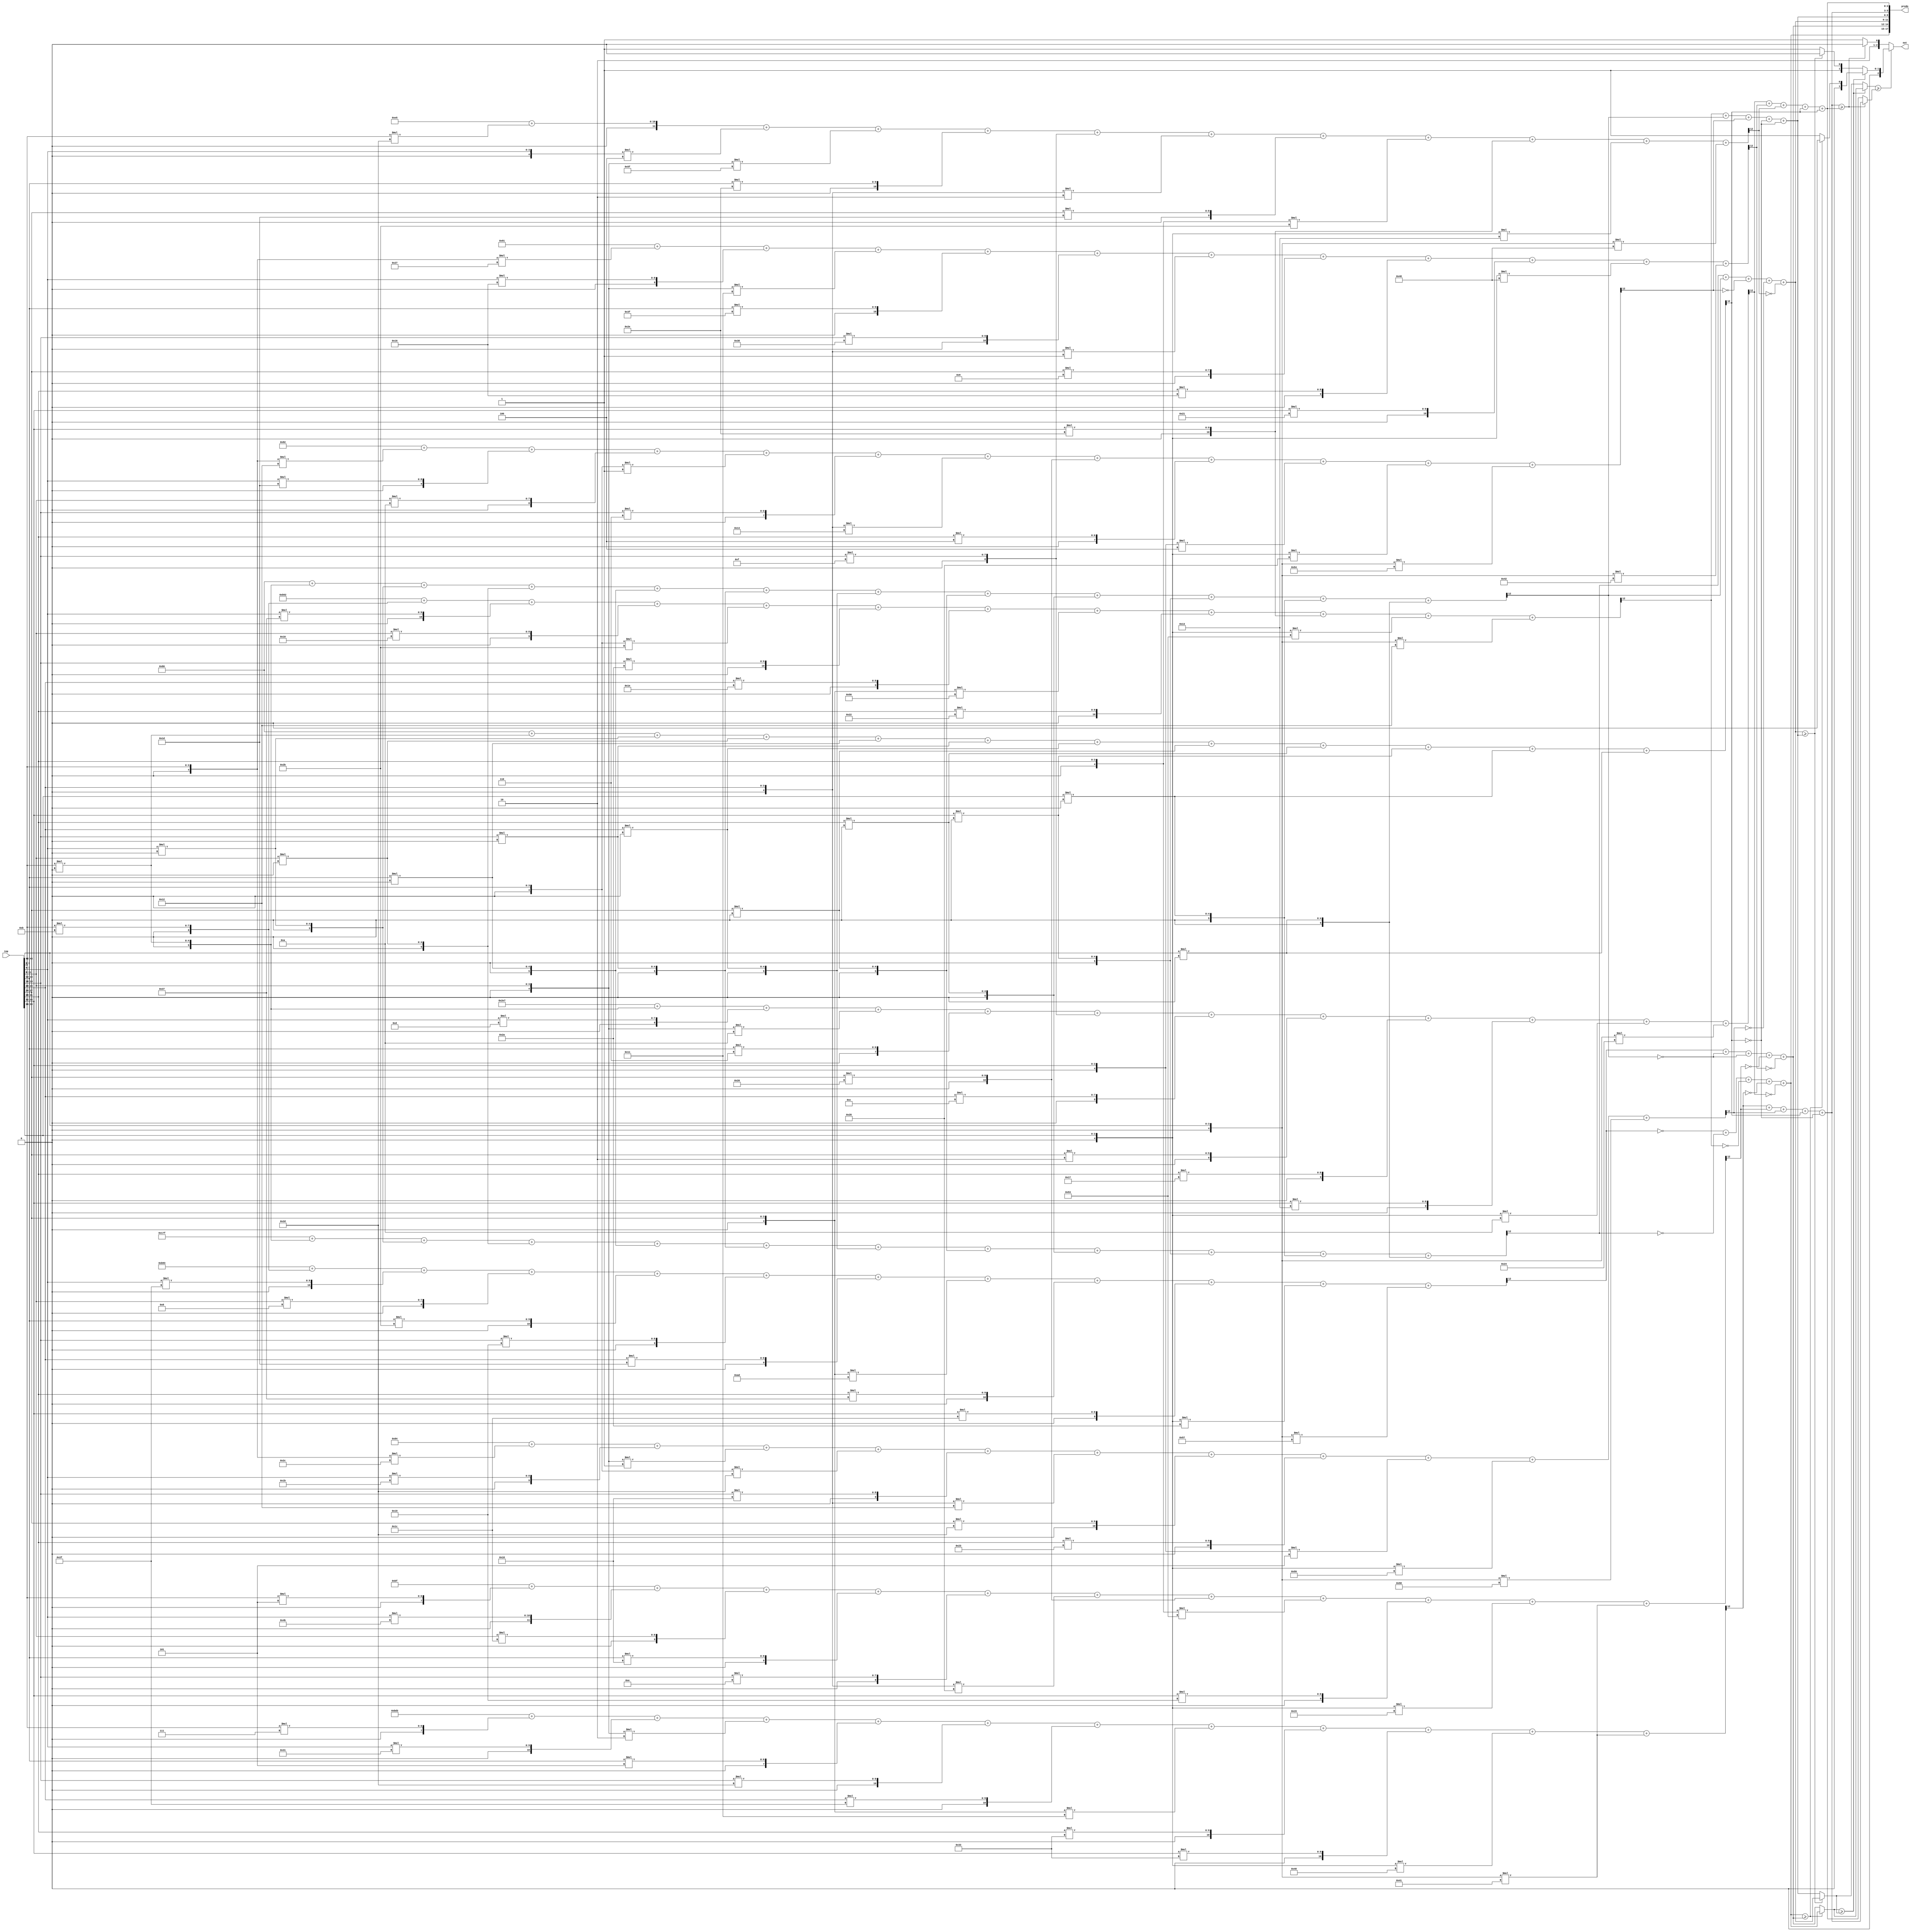
//weights: [[11, 47, 8, 43, 25, 29, -83, 55, 28, -22, -41], [0, 0, 0, 0, 0, 0, 0, 0, 0, 0, 0], [11, 55, 16, -21, 42, 30, -48, 34, 46, -45, -14], [7, 49, -2, 5, 45, 47, -15, 51, 51, -64, -63], [0, 13, -6, 6, 15, 12, 2, 23, 19, -6, -28], [0, 0, 0, 0, 0, 0, 0, 0, 0, 0, 0], [0, 0, 0, 0, 0, 0, 0, 0, 0, 0, 0], [5, 75, 28, 24, 14, -24, 32, -45, 25, -11, -63], [-25, 22, -15, 63, 56, -1, 9, 22, 33, -56, -62], [-14, 29, 10, -1, 6, -12, 32, 4, -4, -24, -44], [-20, 27, -1, -19, 24, -14, 45, 35, -3, -39, -40], [45, -4, -33, 46, 15, -2, 29, -21, 46, -13, -56], [0, 0, 0, 0, 0, 0, 0, 0, 0, 0, 0], [0, 0, 0, 0, 0, 0, 0, 0, 0, 0, 0], [0, 0, 0, 0, 0, 0, 0, 0, 0, 0, 0]]
//intercepts: [-1133, -129, -1198, -1069, -281, -128, -128, -65, 145, 130, 132, 229, 128, 128, 128]
//act size: [4, 13]
//pred num: 6
module top (inp, predo, out);
input [43:0] inp;
output [17:0] predo;
output [2:0] out;

// classifier: 0
    wire signed [11:0] n_0_0_po_0;
    //weight 11: 8'sb00001011
    assign n_0_0_po_0 = $signed({1'b0, inp[3:0]}) * 8'sb00001011;

    wire signed [11:0] n_0_0_po_1;
    //weight 47: 8'sb00101111
    assign n_0_0_po_1 = $signed({1'b0, inp[7:4]}) * 8'sb00101111;

    wire signed [11:0] n_0_0_po_2;
    //weight 8: 8'sb00001000
    assign n_0_0_po_2 = $signed({1'b0, inp[11:8]}) * 8'sb00001000;

    wire signed [11:0] n_0_0_po_3;
    //weight 43: 8'sb00101011
    assign n_0_0_po_3 = $signed({1'b0, inp[15:12]}) * 8'sb00101011;

    wire signed [11:0] n_0_0_po_4;
    //weight 25: 8'sb00011001
    assign n_0_0_po_4 = $signed({1'b0, inp[19:16]}) * 8'sb00011001;

    wire signed [11:0] n_0_0_po_5;
    //weight 29: 8'sb00011101
    assign n_0_0_po_5 = $signed({1'b0, inp[23:20]}) * 8'sb00011101;

    wire signed [11:0] n_0_0_po_6;
    //weight -83: 8'sb10101101
    assign n_0_0_po_6 = $signed({1'b0, inp[27:24]}) * 8'sb10101101;

    wire signed [11:0] n_0_0_po_7;
    //weight 55: 8'sb00110111
    assign n_0_0_po_7 = $signed({1'b0, inp[31:28]}) * 8'sb00110111;

    wire signed [11:0] n_0_0_po_8;
    //weight 28: 8'sb00011100
    assign n_0_0_po_8 = $signed({1'b0, inp[35:32]}) * 8'sb00011100;

    wire signed [11:0] n_0_0_po_9;
    //weight -22: 8'sb11101010
    assign n_0_0_po_9 = $signed({1'b0, inp[39:36]}) * 8'sb11101010;

    wire signed [11:0] n_0_0_po_10;
    //weight -41: 8'sb11010111
    assign n_0_0_po_10 = $signed({1'b0, inp[43:40]}) * 8'sb11010111;

    wire signed [12:0] n_0_0_sum;
    assign n_0_0_sum = -1133 + n_0_0_po_0 + n_0_0_po_1 + n_0_0_po_2 + n_0_0_po_3 + n_0_0_po_4 + n_0_0_po_5 + n_0_0_po_6 + n_0_0_po_7 + n_0_0_po_8 + n_0_0_po_9 + n_0_0_po_10;
    wire n_0_0;
    assign n_0_0 = n_0_0_sum[12];

// classifier: 1
    wire signed [11:0] n_0_1_po_0;
    //weight 0: 8'sb00000000
    assign n_0_1_po_0 = $signed({1'b0, inp[3:0]}) * 8'sb00000000;

    wire signed [11:0] n_0_1_po_1;
    //weight 0: 8'sb00000000
    assign n_0_1_po_1 = $signed({1'b0, inp[7:4]}) * 8'sb00000000;

    wire signed [11:0] n_0_1_po_2;
    //weight 0: 8'sb00000000
    assign n_0_1_po_2 = $signed({1'b0, inp[11:8]}) * 8'sb00000000;

    wire signed [11:0] n_0_1_po_3;
    //weight 0: 8'sb00000000
    assign n_0_1_po_3 = $signed({1'b0, inp[15:12]}) * 8'sb00000000;

    wire signed [11:0] n_0_1_po_4;
    //weight 0: 8'sb00000000
    assign n_0_1_po_4 = $signed({1'b0, inp[19:16]}) * 8'sb00000000;

    wire signed [11:0] n_0_1_po_5;
    //weight 0: 8'sb00000000
    assign n_0_1_po_5 = $signed({1'b0, inp[23:20]}) * 8'sb00000000;

    wire signed [11:0] n_0_1_po_6;
    //weight 0: 8'sb00000000
    assign n_0_1_po_6 = $signed({1'b0, inp[27:24]}) * 8'sb00000000;

    wire signed [11:0] n_0_1_po_7;
    //weight 0: 8'sb00000000
    assign n_0_1_po_7 = $signed({1'b0, inp[31:28]}) * 8'sb00000000;

    wire signed [11:0] n_0_1_po_8;
    //weight 0: 8'sb00000000
    assign n_0_1_po_8 = $signed({1'b0, inp[35:32]}) * 8'sb00000000;

    wire signed [11:0] n_0_1_po_9;
    //weight 0: 8'sb00000000
    assign n_0_1_po_9 = $signed({1'b0, inp[39:36]}) * 8'sb00000000;

    wire signed [11:0] n_0_1_po_10;
    //weight 0: 8'sb00000000
    assign n_0_1_po_10 = $signed({1'b0, inp[43:40]}) * 8'sb00000000;

    wire signed [12:0] n_0_1_sum;
    assign n_0_1_sum = -129 + n_0_1_po_0 + n_0_1_po_1 + n_0_1_po_2 + n_0_1_po_3 + n_0_1_po_4 + n_0_1_po_5 + n_0_1_po_6 + n_0_1_po_7 + n_0_1_po_8 + n_0_1_po_9 + n_0_1_po_10;
    wire n_0_1;
    assign n_0_1 = n_0_1_sum[12];

// classifier: 2
    wire signed [11:0] n_0_2_po_0;
    //weight 11: 8'sb00001011
    assign n_0_2_po_0 = $signed({1'b0, inp[3:0]}) * 8'sb00001011;

    wire signed [11:0] n_0_2_po_1;
    //weight 55: 8'sb00110111
    assign n_0_2_po_1 = $signed({1'b0, inp[7:4]}) * 8'sb00110111;

    wire signed [11:0] n_0_2_po_2;
    //weight 16: 8'sb00010000
    assign n_0_2_po_2 = $signed({1'b0, inp[11:8]}) * 8'sb00010000;

    wire signed [11:0] n_0_2_po_3;
    //weight -21: 8'sb11101011
    assign n_0_2_po_3 = $signed({1'b0, inp[15:12]}) * 8'sb11101011;

    wire signed [11:0] n_0_2_po_4;
    //weight 42: 8'sb00101010
    assign n_0_2_po_4 = $signed({1'b0, inp[19:16]}) * 8'sb00101010;

    wire signed [11:0] n_0_2_po_5;
    //weight 30: 8'sb00011110
    assign n_0_2_po_5 = $signed({1'b0, inp[23:20]}) * 8'sb00011110;

    wire signed [11:0] n_0_2_po_6;
    //weight -48: 8'sb11010000
    assign n_0_2_po_6 = $signed({1'b0, inp[27:24]}) * 8'sb11010000;

    wire signed [11:0] n_0_2_po_7;
    //weight 34: 8'sb00100010
    assign n_0_2_po_7 = $signed({1'b0, inp[31:28]}) * 8'sb00100010;

    wire signed [11:0] n_0_2_po_8;
    //weight 46: 8'sb00101110
    assign n_0_2_po_8 = $signed({1'b0, inp[35:32]}) * 8'sb00101110;

    wire signed [11:0] n_0_2_po_9;
    //weight -45: 8'sb11010011
    assign n_0_2_po_9 = $signed({1'b0, inp[39:36]}) * 8'sb11010011;

    wire signed [11:0] n_0_2_po_10;
    //weight -14: 8'sb11110010
    assign n_0_2_po_10 = $signed({1'b0, inp[43:40]}) * 8'sb11110010;

    wire signed [12:0] n_0_2_sum;
    assign n_0_2_sum = -1198 + n_0_2_po_0 + n_0_2_po_1 + n_0_2_po_2 + n_0_2_po_3 + n_0_2_po_4 + n_0_2_po_5 + n_0_2_po_6 + n_0_2_po_7 + n_0_2_po_8 + n_0_2_po_9 + n_0_2_po_10;
    wire n_0_2;
    assign n_0_2 = n_0_2_sum[12];

// classifier: 3
    wire signed [11:0] n_0_3_po_0;
    //weight 7: 8'sb00000111
    assign n_0_3_po_0 = $signed({1'b0, inp[3:0]}) * 8'sb00000111;

    wire signed [11:0] n_0_3_po_1;
    //weight 49: 8'sb00110001
    assign n_0_3_po_1 = $signed({1'b0, inp[7:4]}) * 8'sb00110001;

    wire signed [11:0] n_0_3_po_2;
    //weight -2: 8'sb11111110
    assign n_0_3_po_2 = $signed({1'b0, inp[11:8]}) * 8'sb11111110;

    wire signed [11:0] n_0_3_po_3;
    //weight 5: 8'sb00000101
    assign n_0_3_po_3 = $signed({1'b0, inp[15:12]}) * 8'sb00000101;

    wire signed [11:0] n_0_3_po_4;
    //weight 45: 8'sb00101101
    assign n_0_3_po_4 = $signed({1'b0, inp[19:16]}) * 8'sb00101101;

    wire signed [11:0] n_0_3_po_5;
    //weight 47: 8'sb00101111
    assign n_0_3_po_5 = $signed({1'b0, inp[23:20]}) * 8'sb00101111;

    wire signed [11:0] n_0_3_po_6;
    //weight -15: 8'sb11110001
    assign n_0_3_po_6 = $signed({1'b0, inp[27:24]}) * 8'sb11110001;

    wire signed [11:0] n_0_3_po_7;
    //weight 51: 8'sb00110011
    assign n_0_3_po_7 = $signed({1'b0, inp[31:28]}) * 8'sb00110011;

    wire signed [11:0] n_0_3_po_8;
    //weight 51: 8'sb00110011
    assign n_0_3_po_8 = $signed({1'b0, inp[35:32]}) * 8'sb00110011;

    wire signed [11:0] n_0_3_po_9;
    //weight -64: 8'sb11000000
    assign n_0_3_po_9 = $signed({1'b0, inp[39:36]}) * 8'sb11000000;

    wire signed [11:0] n_0_3_po_10;
    //weight -63: 8'sb11000001
    assign n_0_3_po_10 = $signed({1'b0, inp[43:40]}) * 8'sb11000001;

    wire signed [12:0] n_0_3_sum;
    assign n_0_3_sum = -1069 + n_0_3_po_0 + n_0_3_po_1 + n_0_3_po_2 + n_0_3_po_3 + n_0_3_po_4 + n_0_3_po_5 + n_0_3_po_6 + n_0_3_po_7 + n_0_3_po_8 + n_0_3_po_9 + n_0_3_po_10;
    wire n_0_3;
    assign n_0_3 = n_0_3_sum[12];

// classifier: 4
    wire signed [11:0] n_0_4_po_0;
    //weight 0: 8'sb00000000
    assign n_0_4_po_0 = $signed({1'b0, inp[3:0]}) * 8'sb00000000;

    wire signed [11:0] n_0_4_po_1;
    //weight 13: 8'sb00001101
    assign n_0_4_po_1 = $signed({1'b0, inp[7:4]}) * 8'sb00001101;

    wire signed [11:0] n_0_4_po_2;
    //weight -6: 8'sb11111010
    assign n_0_4_po_2 = $signed({1'b0, inp[11:8]}) * 8'sb11111010;

    wire signed [11:0] n_0_4_po_3;
    //weight 6: 8'sb00000110
    assign n_0_4_po_3 = $signed({1'b0, inp[15:12]}) * 8'sb00000110;

    wire signed [11:0] n_0_4_po_4;
    //weight 15: 8'sb00001111
    assign n_0_4_po_4 = $signed({1'b0, inp[19:16]}) * 8'sb00001111;

    wire signed [11:0] n_0_4_po_5;
    //weight 12: 8'sb00001100
    assign n_0_4_po_5 = $signed({1'b0, inp[23:20]}) * 8'sb00001100;

    wire signed [11:0] n_0_4_po_6;
    //weight 2: 8'sb00000010
    assign n_0_4_po_6 = $signed({1'b0, inp[27:24]}) * 8'sb00000010;

    wire signed [11:0] n_0_4_po_7;
    //weight 23: 8'sb00010111
    assign n_0_4_po_7 = $signed({1'b0, inp[31:28]}) * 8'sb00010111;

    wire signed [11:0] n_0_4_po_8;
    //weight 19: 8'sb00010011
    assign n_0_4_po_8 = $signed({1'b0, inp[35:32]}) * 8'sb00010011;

    wire signed [11:0] n_0_4_po_9;
    //weight -6: 8'sb11111010
    assign n_0_4_po_9 = $signed({1'b0, inp[39:36]}) * 8'sb11111010;

    wire signed [11:0] n_0_4_po_10;
    //weight -28: 8'sb11100100
    assign n_0_4_po_10 = $signed({1'b0, inp[43:40]}) * 8'sb11100100;

    wire signed [12:0] n_0_4_sum;
    assign n_0_4_sum = -281 + n_0_4_po_0 + n_0_4_po_1 + n_0_4_po_2 + n_0_4_po_3 + n_0_4_po_4 + n_0_4_po_5 + n_0_4_po_6 + n_0_4_po_7 + n_0_4_po_8 + n_0_4_po_9 + n_0_4_po_10;
    wire n_0_4;
    assign n_0_4 = n_0_4_sum[12];

// classifier: 5
    wire signed [11:0] n_0_5_po_0;
    //weight 0: 8'sb00000000
    assign n_0_5_po_0 = $signed({1'b0, inp[3:0]}) * 8'sb00000000;

    wire signed [11:0] n_0_5_po_1;
    //weight 0: 8'sb00000000
    assign n_0_5_po_1 = $signed({1'b0, inp[7:4]}) * 8'sb00000000;

    wire signed [11:0] n_0_5_po_2;
    //weight 0: 8'sb00000000
    assign n_0_5_po_2 = $signed({1'b0, inp[11:8]}) * 8'sb00000000;

    wire signed [11:0] n_0_5_po_3;
    //weight 0: 8'sb00000000
    assign n_0_5_po_3 = $signed({1'b0, inp[15:12]}) * 8'sb00000000;

    wire signed [11:0] n_0_5_po_4;
    //weight 0: 8'sb00000000
    assign n_0_5_po_4 = $signed({1'b0, inp[19:16]}) * 8'sb00000000;

    wire signed [11:0] n_0_5_po_5;
    //weight 0: 8'sb00000000
    assign n_0_5_po_5 = $signed({1'b0, inp[23:20]}) * 8'sb00000000;

    wire signed [11:0] n_0_5_po_6;
    //weight 0: 8'sb00000000
    assign n_0_5_po_6 = $signed({1'b0, inp[27:24]}) * 8'sb00000000;

    wire signed [11:0] n_0_5_po_7;
    //weight 0: 8'sb00000000
    assign n_0_5_po_7 = $signed({1'b0, inp[31:28]}) * 8'sb00000000;

    wire signed [11:0] n_0_5_po_8;
    //weight 0: 8'sb00000000
    assign n_0_5_po_8 = $signed({1'b0, inp[35:32]}) * 8'sb00000000;

    wire signed [11:0] n_0_5_po_9;
    //weight 0: 8'sb00000000
    assign n_0_5_po_9 = $signed({1'b0, inp[39:36]}) * 8'sb00000000;

    wire signed [11:0] n_0_5_po_10;
    //weight 0: 8'sb00000000
    assign n_0_5_po_10 = $signed({1'b0, inp[43:40]}) * 8'sb00000000;

    wire signed [12:0] n_0_5_sum;
    assign n_0_5_sum = -128 + n_0_5_po_0 + n_0_5_po_1 + n_0_5_po_2 + n_0_5_po_3 + n_0_5_po_4 + n_0_5_po_5 + n_0_5_po_6 + n_0_5_po_7 + n_0_5_po_8 + n_0_5_po_9 + n_0_5_po_10;
    wire n_0_5;
    assign n_0_5 = n_0_5_sum[12];

// classifier: 6
    wire signed [11:0] n_0_6_po_0;
    //weight 0: 8'sb00000000
    assign n_0_6_po_0 = $signed({1'b0, inp[3:0]}) * 8'sb00000000;

    wire signed [11:0] n_0_6_po_1;
    //weight 0: 8'sb00000000
    assign n_0_6_po_1 = $signed({1'b0, inp[7:4]}) * 8'sb00000000;

    wire signed [11:0] n_0_6_po_2;
    //weight 0: 8'sb00000000
    assign n_0_6_po_2 = $signed({1'b0, inp[11:8]}) * 8'sb00000000;

    wire signed [11:0] n_0_6_po_3;
    //weight 0: 8'sb00000000
    assign n_0_6_po_3 = $signed({1'b0, inp[15:12]}) * 8'sb00000000;

    wire signed [11:0] n_0_6_po_4;
    //weight 0: 8'sb00000000
    assign n_0_6_po_4 = $signed({1'b0, inp[19:16]}) * 8'sb00000000;

    wire signed [11:0] n_0_6_po_5;
    //weight 0: 8'sb00000000
    assign n_0_6_po_5 = $signed({1'b0, inp[23:20]}) * 8'sb00000000;

    wire signed [11:0] n_0_6_po_6;
    //weight 0: 8'sb00000000
    assign n_0_6_po_6 = $signed({1'b0, inp[27:24]}) * 8'sb00000000;

    wire signed [11:0] n_0_6_po_7;
    //weight 0: 8'sb00000000
    assign n_0_6_po_7 = $signed({1'b0, inp[31:28]}) * 8'sb00000000;

    wire signed [11:0] n_0_6_po_8;
    //weight 0: 8'sb00000000
    assign n_0_6_po_8 = $signed({1'b0, inp[35:32]}) * 8'sb00000000;

    wire signed [11:0] n_0_6_po_9;
    //weight 0: 8'sb00000000
    assign n_0_6_po_9 = $signed({1'b0, inp[39:36]}) * 8'sb00000000;

    wire signed [11:0] n_0_6_po_10;
    //weight 0: 8'sb00000000
    assign n_0_6_po_10 = $signed({1'b0, inp[43:40]}) * 8'sb00000000;

    wire signed [12:0] n_0_6_sum;
    assign n_0_6_sum = -128 + n_0_6_po_0 + n_0_6_po_1 + n_0_6_po_2 + n_0_6_po_3 + n_0_6_po_4 + n_0_6_po_5 + n_0_6_po_6 + n_0_6_po_7 + n_0_6_po_8 + n_0_6_po_9 + n_0_6_po_10;
    wire n_0_6;
    assign n_0_6 = n_0_6_sum[12];

// classifier: 7
    wire signed [11:0] n_0_7_po_0;
    //weight 5: 8'sb00000101
    assign n_0_7_po_0 = $signed({1'b0, inp[3:0]}) * 8'sb00000101;

    wire signed [11:0] n_0_7_po_1;
    //weight 75: 8'sb01001011
    assign n_0_7_po_1 = $signed({1'b0, inp[7:4]}) * 8'sb01001011;

    wire signed [11:0] n_0_7_po_2;
    //weight 28: 8'sb00011100
    assign n_0_7_po_2 = $signed({1'b0, inp[11:8]}) * 8'sb00011100;

    wire signed [11:0] n_0_7_po_3;
    //weight 24: 8'sb00011000
    assign n_0_7_po_3 = $signed({1'b0, inp[15:12]}) * 8'sb00011000;

    wire signed [11:0] n_0_7_po_4;
    //weight 14: 8'sb00001110
    assign n_0_7_po_4 = $signed({1'b0, inp[19:16]}) * 8'sb00001110;

    wire signed [11:0] n_0_7_po_5;
    //weight -24: 8'sb11101000
    assign n_0_7_po_5 = $signed({1'b0, inp[23:20]}) * 8'sb11101000;

    wire signed [11:0] n_0_7_po_6;
    //weight 32: 8'sb00100000
    assign n_0_7_po_6 = $signed({1'b0, inp[27:24]}) * 8'sb00100000;

    wire signed [11:0] n_0_7_po_7;
    //weight -45: 8'sb11010011
    assign n_0_7_po_7 = $signed({1'b0, inp[31:28]}) * 8'sb11010011;

    wire signed [11:0] n_0_7_po_8;
    //weight 25: 8'sb00011001
    assign n_0_7_po_8 = $signed({1'b0, inp[35:32]}) * 8'sb00011001;

    wire signed [11:0] n_0_7_po_9;
    //weight -11: 8'sb11110101
    assign n_0_7_po_9 = $signed({1'b0, inp[39:36]}) * 8'sb11110101;

    wire signed [11:0] n_0_7_po_10;
    //weight -63: 8'sb11000001
    assign n_0_7_po_10 = $signed({1'b0, inp[43:40]}) * 8'sb11000001;

    wire signed [12:0] n_0_7_sum;
    assign n_0_7_sum = -65 + n_0_7_po_0 + n_0_7_po_1 + n_0_7_po_2 + n_0_7_po_3 + n_0_7_po_4 + n_0_7_po_5 + n_0_7_po_6 + n_0_7_po_7 + n_0_7_po_8 + n_0_7_po_9 + n_0_7_po_10;
    wire n_0_7;
    assign n_0_7 = n_0_7_sum[12];

// classifier: 8
    wire signed [11:0] n_0_8_po_0;
    //weight -25: 8'sb11100111
    assign n_0_8_po_0 = $signed({1'b0, inp[3:0]}) * 8'sb11100111;

    wire signed [11:0] n_0_8_po_1;
    //weight 22: 8'sb00010110
    assign n_0_8_po_1 = $signed({1'b0, inp[7:4]}) * 8'sb00010110;

    wire signed [11:0] n_0_8_po_2;
    //weight -15: 8'sb11110001
    assign n_0_8_po_2 = $signed({1'b0, inp[11:8]}) * 8'sb11110001;

    wire signed [11:0] n_0_8_po_3;
    //weight 63: 8'sb00111111
    assign n_0_8_po_3 = $signed({1'b0, inp[15:12]}) * 8'sb00111111;

    wire signed [11:0] n_0_8_po_4;
    //weight 56: 8'sb00111000
    assign n_0_8_po_4 = $signed({1'b0, inp[19:16]}) * 8'sb00111000;

    wire signed [11:0] n_0_8_po_5;
    //weight -1: 8'sb11111111
    assign n_0_8_po_5 = $signed({1'b0, inp[23:20]}) * 8'sb11111111;

    wire signed [11:0] n_0_8_po_6;
    //weight 9: 8'sb00001001
    assign n_0_8_po_6 = $signed({1'b0, inp[27:24]}) * 8'sb00001001;

    wire signed [11:0] n_0_8_po_7;
    //weight 22: 8'sb00010110
    assign n_0_8_po_7 = $signed({1'b0, inp[31:28]}) * 8'sb00010110;

    wire signed [11:0] n_0_8_po_8;
    //weight 33: 8'sb00100001
    assign n_0_8_po_8 = $signed({1'b0, inp[35:32]}) * 8'sb00100001;

    wire signed [11:0] n_0_8_po_9;
    //weight -56: 8'sb11001000
    assign n_0_8_po_9 = $signed({1'b0, inp[39:36]}) * 8'sb11001000;

    wire signed [11:0] n_0_8_po_10;
    //weight -62: 8'sb11000010
    assign n_0_8_po_10 = $signed({1'b0, inp[43:40]}) * 8'sb11000010;

    wire signed [12:0] n_0_8_sum;
    assign n_0_8_sum = 145 + n_0_8_po_0 + n_0_8_po_1 + n_0_8_po_2 + n_0_8_po_3 + n_0_8_po_4 + n_0_8_po_5 + n_0_8_po_6 + n_0_8_po_7 + n_0_8_po_8 + n_0_8_po_9 + n_0_8_po_10;
    wire n_0_8;
    assign n_0_8 = n_0_8_sum[12];

// classifier: 9
    wire signed [11:0] n_0_9_po_0;
    //weight -14: 8'sb11110010
    assign n_0_9_po_0 = $signed({1'b0, inp[3:0]}) * 8'sb11110010;

    wire signed [11:0] n_0_9_po_1;
    //weight 29: 8'sb00011101
    assign n_0_9_po_1 = $signed({1'b0, inp[7:4]}) * 8'sb00011101;

    wire signed [11:0] n_0_9_po_2;
    //weight 10: 8'sb00001010
    assign n_0_9_po_2 = $signed({1'b0, inp[11:8]}) * 8'sb00001010;

    wire signed [11:0] n_0_9_po_3;
    //weight -1: 8'sb11111111
    assign n_0_9_po_3 = $signed({1'b0, inp[15:12]}) * 8'sb11111111;

    wire signed [11:0] n_0_9_po_4;
    //weight 6: 8'sb00000110
    assign n_0_9_po_4 = $signed({1'b0, inp[19:16]}) * 8'sb00000110;

    wire signed [11:0] n_0_9_po_5;
    //weight -12: 8'sb11110100
    assign n_0_9_po_5 = $signed({1'b0, inp[23:20]}) * 8'sb11110100;

    wire signed [11:0] n_0_9_po_6;
    //weight 32: 8'sb00100000
    assign n_0_9_po_6 = $signed({1'b0, inp[27:24]}) * 8'sb00100000;

    wire signed [11:0] n_0_9_po_7;
    //weight 4: 8'sb00000100
    assign n_0_9_po_7 = $signed({1'b0, inp[31:28]}) * 8'sb00000100;

    wire signed [11:0] n_0_9_po_8;
    //weight -4: 8'sb11111100
    assign n_0_9_po_8 = $signed({1'b0, inp[35:32]}) * 8'sb11111100;

    wire signed [11:0] n_0_9_po_9;
    //weight -24: 8'sb11101000
    assign n_0_9_po_9 = $signed({1'b0, inp[39:36]}) * 8'sb11101000;

    wire signed [11:0] n_0_9_po_10;
    //weight -44: 8'sb11010100
    assign n_0_9_po_10 = $signed({1'b0, inp[43:40]}) * 8'sb11010100;

    wire signed [12:0] n_0_9_sum;
    assign n_0_9_sum = 130 + n_0_9_po_0 + n_0_9_po_1 + n_0_9_po_2 + n_0_9_po_3 + n_0_9_po_4 + n_0_9_po_5 + n_0_9_po_6 + n_0_9_po_7 + n_0_9_po_8 + n_0_9_po_9 + n_0_9_po_10;
    wire n_0_9;
    assign n_0_9 = n_0_9_sum[12];

// classifier: 10
    wire signed [11:0] n_0_10_po_0;
    //weight -20: 8'sb11101100
    assign n_0_10_po_0 = $signed({1'b0, inp[3:0]}) * 8'sb11101100;

    wire signed [11:0] n_0_10_po_1;
    //weight 27: 8'sb00011011
    assign n_0_10_po_1 = $signed({1'b0, inp[7:4]}) * 8'sb00011011;

    wire signed [11:0] n_0_10_po_2;
    //weight -1: 8'sb11111111
    assign n_0_10_po_2 = $signed({1'b0, inp[11:8]}) * 8'sb11111111;

    wire signed [11:0] n_0_10_po_3;
    //weight -19: 8'sb11101101
    assign n_0_10_po_3 = $signed({1'b0, inp[15:12]}) * 8'sb11101101;

    wire signed [11:0] n_0_10_po_4;
    //weight 24: 8'sb00011000
    assign n_0_10_po_4 = $signed({1'b0, inp[19:16]}) * 8'sb00011000;

    wire signed [11:0] n_0_10_po_5;
    //weight -14: 8'sb11110010
    assign n_0_10_po_5 = $signed({1'b0, inp[23:20]}) * 8'sb11110010;

    wire signed [11:0] n_0_10_po_6;
    //weight 45: 8'sb00101101
    assign n_0_10_po_6 = $signed({1'b0, inp[27:24]}) * 8'sb00101101;

    wire signed [11:0] n_0_10_po_7;
    //weight 35: 8'sb00100011
    assign n_0_10_po_7 = $signed({1'b0, inp[31:28]}) * 8'sb00100011;

    wire signed [11:0] n_0_10_po_8;
    //weight -3: 8'sb11111101
    assign n_0_10_po_8 = $signed({1'b0, inp[35:32]}) * 8'sb11111101;

    wire signed [11:0] n_0_10_po_9;
    //weight -39: 8'sb11011001
    assign n_0_10_po_9 = $signed({1'b0, inp[39:36]}) * 8'sb11011001;

    wire signed [11:0] n_0_10_po_10;
    //weight -40: 8'sb11011000
    assign n_0_10_po_10 = $signed({1'b0, inp[43:40]}) * 8'sb11011000;

    wire signed [12:0] n_0_10_sum;
    assign n_0_10_sum = 132 + n_0_10_po_0 + n_0_10_po_1 + n_0_10_po_2 + n_0_10_po_3 + n_0_10_po_4 + n_0_10_po_5 + n_0_10_po_6 + n_0_10_po_7 + n_0_10_po_8 + n_0_10_po_9 + n_0_10_po_10;
    wire n_0_10;
    assign n_0_10 = n_0_10_sum[12];

// classifier: 11
    wire signed [11:0] n_0_11_po_0;
    //weight 45: 8'sb00101101
    assign n_0_11_po_0 = $signed({1'b0, inp[3:0]}) * 8'sb00101101;

    wire signed [11:0] n_0_11_po_1;
    //weight -4: 8'sb11111100
    assign n_0_11_po_1 = $signed({1'b0, inp[7:4]}) * 8'sb11111100;

    wire signed [11:0] n_0_11_po_2;
    //weight -33: 8'sb11011111
    assign n_0_11_po_2 = $signed({1'b0, inp[11:8]}) * 8'sb11011111;

    wire signed [11:0] n_0_11_po_3;
    //weight 46: 8'sb00101110
    assign n_0_11_po_3 = $signed({1'b0, inp[15:12]}) * 8'sb00101110;

    wire signed [11:0] n_0_11_po_4;
    //weight 15: 8'sb00001111
    assign n_0_11_po_4 = $signed({1'b0, inp[19:16]}) * 8'sb00001111;

    wire signed [11:0] n_0_11_po_5;
    //weight -2: 8'sb11111110
    assign n_0_11_po_5 = $signed({1'b0, inp[23:20]}) * 8'sb11111110;

    wire signed [11:0] n_0_11_po_6;
    //weight 29: 8'sb00011101
    assign n_0_11_po_6 = $signed({1'b0, inp[27:24]}) * 8'sb00011101;

    wire signed [11:0] n_0_11_po_7;
    //weight -21: 8'sb11101011
    assign n_0_11_po_7 = $signed({1'b0, inp[31:28]}) * 8'sb11101011;

    wire signed [11:0] n_0_11_po_8;
    //weight 46: 8'sb00101110
    assign n_0_11_po_8 = $signed({1'b0, inp[35:32]}) * 8'sb00101110;

    wire signed [11:0] n_0_11_po_9;
    //weight -13: 8'sb11110011
    assign n_0_11_po_9 = $signed({1'b0, inp[39:36]}) * 8'sb11110011;

    wire signed [11:0] n_0_11_po_10;
    //weight -56: 8'sb11001000
    assign n_0_11_po_10 = $signed({1'b0, inp[43:40]}) * 8'sb11001000;

    wire signed [12:0] n_0_11_sum;
    assign n_0_11_sum = 229 + n_0_11_po_0 + n_0_11_po_1 + n_0_11_po_2 + n_0_11_po_3 + n_0_11_po_4 + n_0_11_po_5 + n_0_11_po_6 + n_0_11_po_7 + n_0_11_po_8 + n_0_11_po_9 + n_0_11_po_10;
    wire n_0_11;
    assign n_0_11 = n_0_11_sum[12];

// classifier: 12
    wire signed [11:0] n_0_12_po_0;
    //weight 0: 8'sb00000000
    assign n_0_12_po_0 = $signed({1'b0, inp[3:0]}) * 8'sb00000000;

    wire signed [11:0] n_0_12_po_1;
    //weight 0: 8'sb00000000
    assign n_0_12_po_1 = $signed({1'b0, inp[7:4]}) * 8'sb00000000;

    wire signed [11:0] n_0_12_po_2;
    //weight 0: 8'sb00000000
    assign n_0_12_po_2 = $signed({1'b0, inp[11:8]}) * 8'sb00000000;

    wire signed [11:0] n_0_12_po_3;
    //weight 0: 8'sb00000000
    assign n_0_12_po_3 = $signed({1'b0, inp[15:12]}) * 8'sb00000000;

    wire signed [11:0] n_0_12_po_4;
    //weight 0: 8'sb00000000
    assign n_0_12_po_4 = $signed({1'b0, inp[19:16]}) * 8'sb00000000;

    wire signed [11:0] n_0_12_po_5;
    //weight 0: 8'sb00000000
    assign n_0_12_po_5 = $signed({1'b0, inp[23:20]}) * 8'sb00000000;

    wire signed [11:0] n_0_12_po_6;
    //weight 0: 8'sb00000000
    assign n_0_12_po_6 = $signed({1'b0, inp[27:24]}) * 8'sb00000000;

    wire signed [11:0] n_0_12_po_7;
    //weight 0: 8'sb00000000
    assign n_0_12_po_7 = $signed({1'b0, inp[31:28]}) * 8'sb00000000;

    wire signed [11:0] n_0_12_po_8;
    //weight 0: 8'sb00000000
    assign n_0_12_po_8 = $signed({1'b0, inp[35:32]}) * 8'sb00000000;

    wire signed [11:0] n_0_12_po_9;
    //weight 0: 8'sb00000000
    assign n_0_12_po_9 = $signed({1'b0, inp[39:36]}) * 8'sb00000000;

    wire signed [11:0] n_0_12_po_10;
    //weight 0: 8'sb00000000
    assign n_0_12_po_10 = $signed({1'b0, inp[43:40]}) * 8'sb00000000;

    wire signed [12:0] n_0_12_sum;
    assign n_0_12_sum = 128 + n_0_12_po_0 + n_0_12_po_1 + n_0_12_po_2 + n_0_12_po_3 + n_0_12_po_4 + n_0_12_po_5 + n_0_12_po_6 + n_0_12_po_7 + n_0_12_po_8 + n_0_12_po_9 + n_0_12_po_10;
    wire n_0_12;
    assign n_0_12 = n_0_12_sum[12];

// classifier: 13
    wire signed [11:0] n_0_13_po_0;
    //weight 0: 8'sb00000000
    assign n_0_13_po_0 = $signed({1'b0, inp[3:0]}) * 8'sb00000000;

    wire signed [11:0] n_0_13_po_1;
    //weight 0: 8'sb00000000
    assign n_0_13_po_1 = $signed({1'b0, inp[7:4]}) * 8'sb00000000;

    wire signed [11:0] n_0_13_po_2;
    //weight 0: 8'sb00000000
    assign n_0_13_po_2 = $signed({1'b0, inp[11:8]}) * 8'sb00000000;

    wire signed [11:0] n_0_13_po_3;
    //weight 0: 8'sb00000000
    assign n_0_13_po_3 = $signed({1'b0, inp[15:12]}) * 8'sb00000000;

    wire signed [11:0] n_0_13_po_4;
    //weight 0: 8'sb00000000
    assign n_0_13_po_4 = $signed({1'b0, inp[19:16]}) * 8'sb00000000;

    wire signed [11:0] n_0_13_po_5;
    //weight 0: 8'sb00000000
    assign n_0_13_po_5 = $signed({1'b0, inp[23:20]}) * 8'sb00000000;

    wire signed [11:0] n_0_13_po_6;
    //weight 0: 8'sb00000000
    assign n_0_13_po_6 = $signed({1'b0, inp[27:24]}) * 8'sb00000000;

    wire signed [11:0] n_0_13_po_7;
    //weight 0: 8'sb00000000
    assign n_0_13_po_7 = $signed({1'b0, inp[31:28]}) * 8'sb00000000;

    wire signed [11:0] n_0_13_po_8;
    //weight 0: 8'sb00000000
    assign n_0_13_po_8 = $signed({1'b0, inp[35:32]}) * 8'sb00000000;

    wire signed [11:0] n_0_13_po_9;
    //weight 0: 8'sb00000000
    assign n_0_13_po_9 = $signed({1'b0, inp[39:36]}) * 8'sb00000000;

    wire signed [11:0] n_0_13_po_10;
    //weight 0: 8'sb00000000
    assign n_0_13_po_10 = $signed({1'b0, inp[43:40]}) * 8'sb00000000;

    wire signed [12:0] n_0_13_sum;
    assign n_0_13_sum = 128 + n_0_13_po_0 + n_0_13_po_1 + n_0_13_po_2 + n_0_13_po_3 + n_0_13_po_4 + n_0_13_po_5 + n_0_13_po_6 + n_0_13_po_7 + n_0_13_po_8 + n_0_13_po_9 + n_0_13_po_10;
    wire n_0_13;
    assign n_0_13 = n_0_13_sum[12];

// classifier: 14
    wire signed [11:0] n_0_14_po_0;
    //weight 0: 8'sb00000000
    assign n_0_14_po_0 = $signed({1'b0, inp[3:0]}) * 8'sb00000000;

    wire signed [11:0] n_0_14_po_1;
    //weight 0: 8'sb00000000
    assign n_0_14_po_1 = $signed({1'b0, inp[7:4]}) * 8'sb00000000;

    wire signed [11:0] n_0_14_po_2;
    //weight 0: 8'sb00000000
    assign n_0_14_po_2 = $signed({1'b0, inp[11:8]}) * 8'sb00000000;

    wire signed [11:0] n_0_14_po_3;
    //weight 0: 8'sb00000000
    assign n_0_14_po_3 = $signed({1'b0, inp[15:12]}) * 8'sb00000000;

    wire signed [11:0] n_0_14_po_4;
    //weight 0: 8'sb00000000
    assign n_0_14_po_4 = $signed({1'b0, inp[19:16]}) * 8'sb00000000;

    wire signed [11:0] n_0_14_po_5;
    //weight 0: 8'sb00000000
    assign n_0_14_po_5 = $signed({1'b0, inp[23:20]}) * 8'sb00000000;

    wire signed [11:0] n_0_14_po_6;
    //weight 0: 8'sb00000000
    assign n_0_14_po_6 = $signed({1'b0, inp[27:24]}) * 8'sb00000000;

    wire signed [11:0] n_0_14_po_7;
    //weight 0: 8'sb00000000
    assign n_0_14_po_7 = $signed({1'b0, inp[31:28]}) * 8'sb00000000;

    wire signed [11:0] n_0_14_po_8;
    //weight 0: 8'sb00000000
    assign n_0_14_po_8 = $signed({1'b0, inp[35:32]}) * 8'sb00000000;

    wire signed [11:0] n_0_14_po_9;
    //weight 0: 8'sb00000000
    assign n_0_14_po_9 = $signed({1'b0, inp[39:36]}) * 8'sb00000000;

    wire signed [11:0] n_0_14_po_10;
    //weight 0: 8'sb00000000
    assign n_0_14_po_10 = $signed({1'b0, inp[43:40]}) * 8'sb00000000;

    wire signed [12:0] n_0_14_sum;
    assign n_0_14_sum = 128 + n_0_14_po_0 + n_0_14_po_1 + n_0_14_po_2 + n_0_14_po_3 + n_0_14_po_4 + n_0_14_po_5 + n_0_14_po_6 + n_0_14_po_7 + n_0_14_po_8 + n_0_14_po_9 + n_0_14_po_10;
    wire n_0_14;
    assign n_0_14 = n_0_14_sum[12];

// decisionMatrix inp: n_0_0, n_0_1, n_0_2, n_0_3, n_0_4, n_0_5, n_0_6, n_0_7, n_0_8, n_0_9, n_0_10, n_0_11, n_0_12, n_0_13, n_0_14
    wire dm_cmp_0_1, dm_cmp_1_0;
    assign dm_cmp_0_1 = ~n_0_0;
    assign dm_cmp_1_0 = n_0_0;

    wire dm_cmp_0_2, dm_cmp_2_0;
    assign dm_cmp_0_2 = ~n_0_1;
    assign dm_cmp_2_0 = n_0_1;

    wire dm_cmp_0_3, dm_cmp_3_0;
    assign dm_cmp_0_3 = ~n_0_2;
    assign dm_cmp_3_0 = n_0_2;

    wire dm_cmp_0_4, dm_cmp_4_0;
    assign dm_cmp_0_4 = ~n_0_3;
    assign dm_cmp_4_0 = n_0_3;

    wire dm_cmp_0_5, dm_cmp_5_0;
    assign dm_cmp_0_5 = ~n_0_4;
    assign dm_cmp_5_0 = n_0_4;

    wire dm_cmp_1_2, dm_cmp_2_1;
    assign dm_cmp_1_2 = ~n_0_5;
    assign dm_cmp_2_1 = n_0_5;

    wire dm_cmp_1_3, dm_cmp_3_1;
    assign dm_cmp_1_3 = ~n_0_6;
    assign dm_cmp_3_1 = n_0_6;

    wire dm_cmp_1_4, dm_cmp_4_1;
    assign dm_cmp_1_4 = ~n_0_7;
    assign dm_cmp_4_1 = n_0_7;

    wire dm_cmp_1_5, dm_cmp_5_1;
    assign dm_cmp_1_5 = ~n_0_8;
    assign dm_cmp_5_1 = n_0_8;

    wire dm_cmp_2_3, dm_cmp_3_2;
    assign dm_cmp_2_3 = ~n_0_9;
    assign dm_cmp_3_2 = n_0_9;

    wire dm_cmp_2_4, dm_cmp_4_2;
    assign dm_cmp_2_4 = ~n_0_10;
    assign dm_cmp_4_2 = n_0_10;

    wire dm_cmp_2_5, dm_cmp_5_2;
    assign dm_cmp_2_5 = ~n_0_11;
    assign dm_cmp_5_2 = n_0_11;

    wire dm_cmp_3_4, dm_cmp_4_3;
    assign dm_cmp_3_4 = ~n_0_12;
    assign dm_cmp_4_3 = n_0_12;

    wire dm_cmp_3_5, dm_cmp_5_3;
    assign dm_cmp_3_5 = ~n_0_13;
    assign dm_cmp_5_3 = n_0_13;

    wire dm_cmp_4_5, dm_cmp_5_4;
    assign dm_cmp_4_5 = ~n_0_14;
    assign dm_cmp_5_4 = n_0_14;

    wire [2:0] dm_sum_0;
    assign dm_sum_0 = dm_cmp_0_1 + dm_cmp_0_2 + dm_cmp_0_3 + dm_cmp_0_4 + dm_cmp_0_5;
    wire [2:0] dm_sum_1;
    assign dm_sum_1 = dm_cmp_1_0 + dm_cmp_1_2 + dm_cmp_1_3 + dm_cmp_1_4 + dm_cmp_1_5;
    wire [2:0] dm_sum_2;
    assign dm_sum_2 = dm_cmp_2_0 + dm_cmp_2_1 + dm_cmp_2_3 + dm_cmp_2_4 + dm_cmp_2_5;
    wire [2:0] dm_sum_3;
    assign dm_sum_3 = dm_cmp_3_0 + dm_cmp_3_1 + dm_cmp_3_2 + dm_cmp_3_4 + dm_cmp_3_5;
    wire [2:0] dm_sum_4;
    assign dm_sum_4 = dm_cmp_4_0 + dm_cmp_4_1 + dm_cmp_4_2 + dm_cmp_4_3 + dm_cmp_4_5;
    wire [2:0] dm_sum_5;
    assign dm_sum_5 = dm_cmp_5_0 + dm_cmp_5_1 + dm_cmp_5_2 + dm_cmp_5_3 + dm_cmp_5_4;

    assign predo = {dm_sum_0,dm_sum_1,dm_sum_2,dm_sum_3,dm_sum_4,dm_sum_5};
// argmax: 6 classes, need 3 bits
// argmax inp: dm_sum_0, dm_sum_1, dm_sum_2, dm_sum_3, dm_sum_4, dm_sum_5
    //comp level 0
    wire cmp_0_0;
    wire [2:0] argmax_val_0_0;
    wire [2:0] argmax_idx_0_0;
    assign {cmp_0_0} = ( dm_sum_0 >= dm_sum_1 );
    assign {argmax_val_0_0} = ( cmp_0_0 ) ? dm_sum_0 : dm_sum_1;
    assign {argmax_idx_0_0} = ( cmp_0_0 ) ? 3'b000 : 3'b001;

    wire cmp_0_2;
    wire [2:0] argmax_val_0_2;
    wire [2:0] argmax_idx_0_2;
    assign {cmp_0_2} = ( dm_sum_2 >= dm_sum_3 );
    assign {argmax_val_0_2} = ( cmp_0_2 ) ? dm_sum_2 : dm_sum_3;
    assign {argmax_idx_0_2} = ( cmp_0_2 ) ? 3'b010 : 3'b011;

    wire cmp_0_4;
    wire [2:0] argmax_val_0_4;
    wire [2:0] argmax_idx_0_4;
    assign {cmp_0_4} = ( dm_sum_4 >= dm_sum_5 );
    assign {argmax_val_0_4} = ( cmp_0_4 ) ? dm_sum_4 : dm_sum_5;
    assign {argmax_idx_0_4} = ( cmp_0_4 ) ? 3'b100 : 3'b101;

    //comp level 1
    wire cmp_1_0;
    wire [2:0] argmax_val_1_0;
    wire [2:0] argmax_idx_1_0;
    assign {cmp_1_0} = ( argmax_val_0_0 >= argmax_val_0_2 );
    assign {argmax_val_1_0} = ( cmp_1_0 ) ? argmax_val_0_0 : argmax_val_0_2;
    assign {argmax_idx_1_0} = ( cmp_1_0 ) ? argmax_idx_0_0 : argmax_idx_0_2;

    //comp level 2
    wire cmp_2_0;
    wire [2:0] argmax_val_2_0;
    wire [2:0] argmax_idx_2_0;
    assign {cmp_2_0} = ( argmax_val_1_0 >= argmax_val_0_4 );
    assign {argmax_val_2_0} = ( cmp_2_0 ) ? argmax_val_1_0 : argmax_val_0_4;
    assign {argmax_idx_2_0} = ( cmp_2_0 ) ? argmax_idx_1_0 : argmax_idx_0_4;

    assign out = argmax_idx_2_0;

endmodule